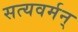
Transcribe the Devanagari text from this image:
सत्यवर्मन्